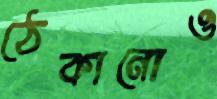
ঠেকানোও